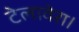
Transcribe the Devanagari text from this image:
टेलावेरा।